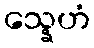
သ္နေဟံ